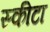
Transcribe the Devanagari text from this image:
स्कीटा